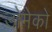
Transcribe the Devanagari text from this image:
डोमेको